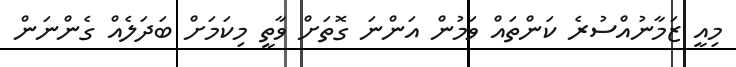
މިއީ ޒަމާނުއްސުރެ ކަންތައް ވަމުން އަންނަ ގޮތަށް ވާތީ މިކަމަށް ބަދަލެއް ގެންނަން